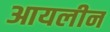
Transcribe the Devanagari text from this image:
आयलीन